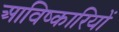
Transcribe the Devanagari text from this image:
आविष्कारियों